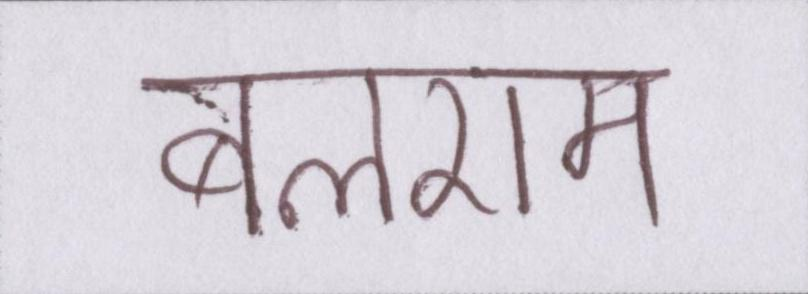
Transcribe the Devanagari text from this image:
बलराम